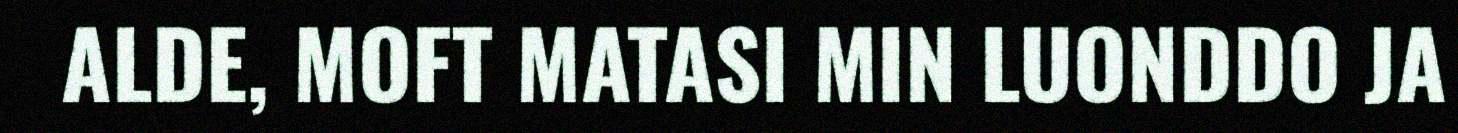
ALDE, MOFT MATASI MIN LUONDDO JA